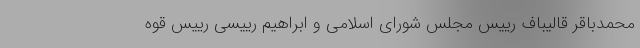
محمدباقر قالیباف رییس مجلس شورای اسلامی و ابراهیم رییسی رییس قوه